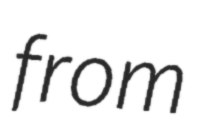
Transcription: from